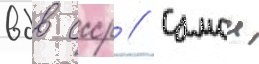
вдв ссср // Самои